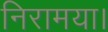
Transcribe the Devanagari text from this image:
निरामया।